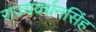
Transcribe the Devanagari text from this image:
राज्यवर्धनसिंह